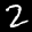
Label: 2